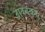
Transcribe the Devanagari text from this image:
द्राववकों